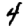
Digit: 4